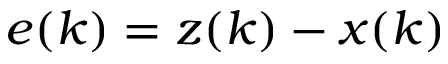
e ( k ) = z ( k ) - x ( k )